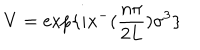
V = \exp \{ i x ^ { - } ( { \frac { n \pi } { 2 L } } ) { \sigma } ^ { 3 } \}